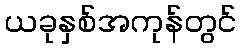
ယခုနှစ်အကုန်တွင်